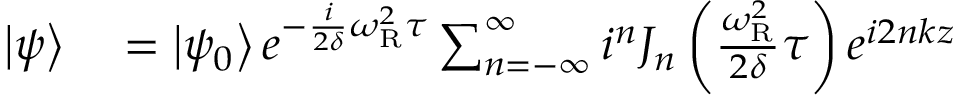
\begin{array} { r l } { \left| \psi \right\rangle } & { { } = \left| \psi _ { 0 } \right\rangle e ^ { - { \frac { i } { 2 \delta } } \omega _ { \mathrm { R } } ^ { 2 } \tau } \sum _ { n = - \infty } ^ { \infty } i ^ { n } J _ { n } \left( { \frac { \omega _ { \mathrm { R } } ^ { 2 } } { 2 \delta } } \tau \right) e ^ { i 2 n k z } } \end{array}